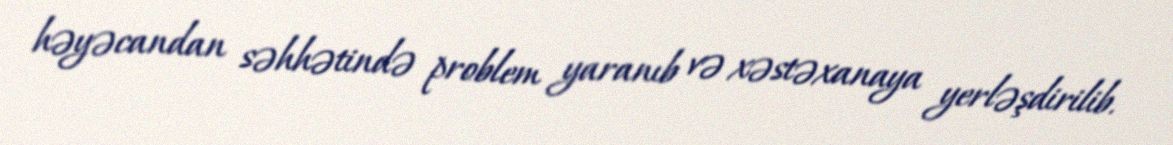
həyəcandan səhhətində problem yaranıb və xəstəxanaya yerləşdirilib.